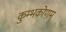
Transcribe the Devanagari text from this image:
कुम्भकोणम्